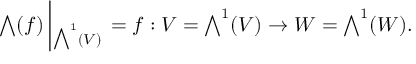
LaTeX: { \textstyle \bigwedge } ( f ) \left| _ { { \textstyle \bigwedge } ^ { 1 } ( V ) } \right. = f : V = { \textstyle \bigwedge } ^ { 1 } ( V ) \rightarrow W = { \textstyle \bigwedge } ^ { 1 } ( W ) .